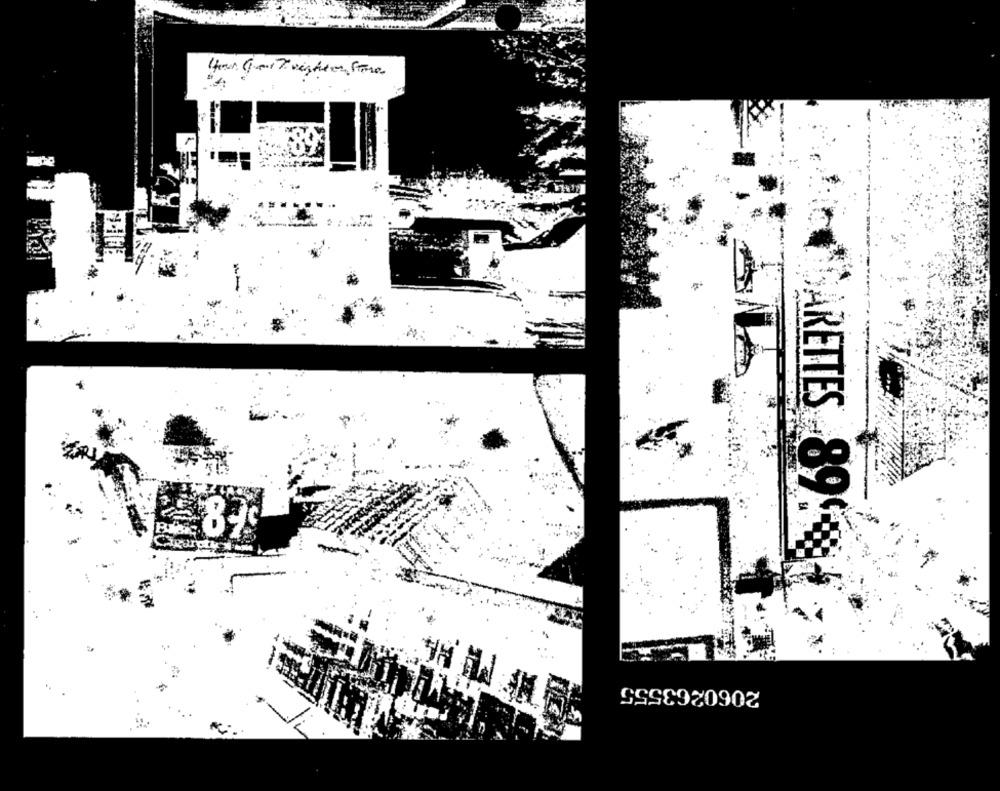
ARETTES 899
2060263555